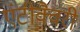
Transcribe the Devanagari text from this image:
एंटीक्वैरी